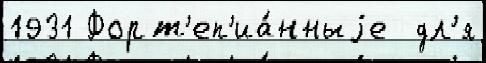
1931 Форт'еп'иа́нныjе  дл'я